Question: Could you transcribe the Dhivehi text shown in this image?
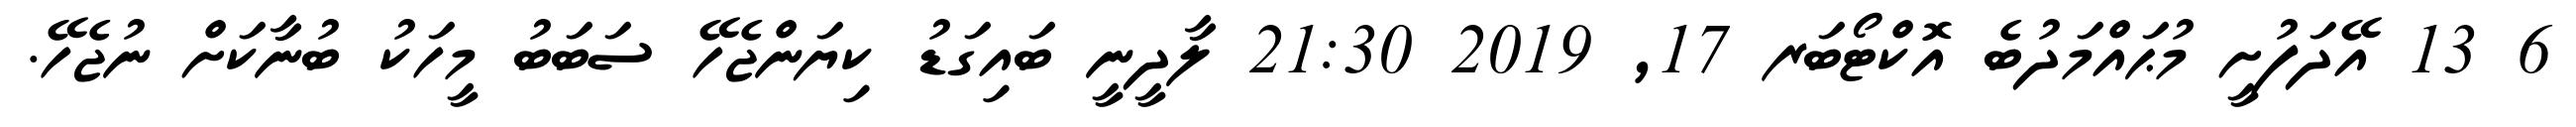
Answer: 6 13 އޭދަފުށީ މުޙައްމަދުބެ އޮކްޓޯބަރ 17, 2019 21:30 ލާދީނީ ބައިގަޑު ކިޔަންޖެހޭ ސަބަބު މީހަކު ބުނާކަށް ނުޖެހޭ.